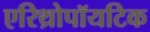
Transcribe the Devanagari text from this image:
एरिथ्रोपॉयटिक